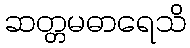
ဆတ္တမဓာရေသိ